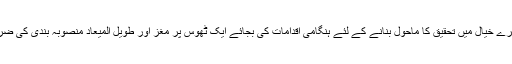
جواب : میرے خیال میں تحقیق کا ماحول بنانے کے لئے ہنگامی اقدامات کی بجائے ایک ٹھوس پر مغز اور طویل المیعاد منصوبہ بندی کی ضرورت ہے۔